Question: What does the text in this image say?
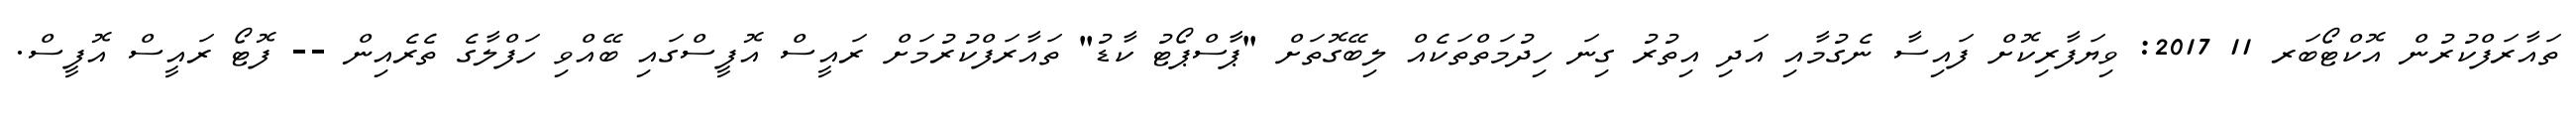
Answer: ތައާރަފްކުރުން އޮކްޓޯބަރ 11 2017: ވިޔަފާރިކޮށް ފައިސާ ނެގުމާއި އަދި އިތުރު ގިނަ ހިދުމަތްތަކެއް ލިބޭގޮތަށް "ޕާސްޕޯޓު ކާޑު" ތައާރަފްކުރުމަށް ރައީސް އޮފީސްގައި ބޭއްވި ހަފްލާގެ ތެރެއިން -- ފޮޓޯ ރައީސް އޮފީސް.